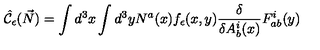
\hat { \cal C } _ { \epsilon } ( \vec { N } ) = \int d ^ { 3 } x \int d ^ { 3 } y N ^ { a } ( x ) f _ { \epsilon } ( x , y ) { \frac { \delta } { \delta A _ { b } ^ { i } ( x ) } } F _ { a b } ^ { i } ( y )